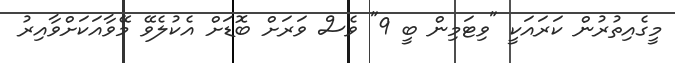
މީގެއިތުރުން ކަރައަކީ "ވިޓަމިން ބީ 9" ވެސް ވަރަށް ބޮޑަށް އެކުލެވޭ މޭވާއަކަށްވާއިރު